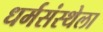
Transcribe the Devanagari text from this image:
धर्मसंस्थेला